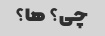
چی؟ ها؟